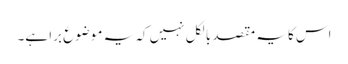
اس کا یہ مقصد بالکل نہیں کہ یہ موضوع برا ہے۔